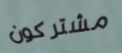
مشتركون